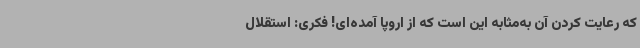
که رعایت کردن آن به‌مثابه این است که از اروپا آمده‌ای! فکری: استقلال